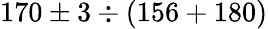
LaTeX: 170\pm 3\div(156+180)